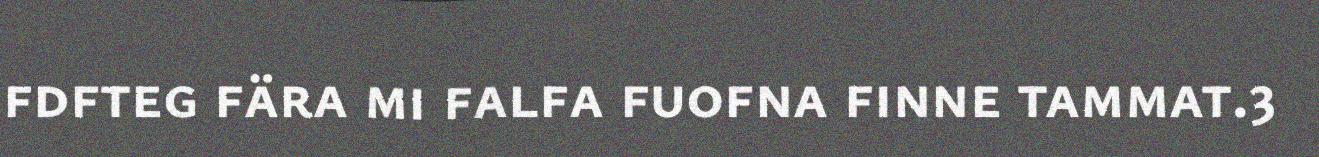
fdfteg fära mi falfa fuofna finne tammat.3